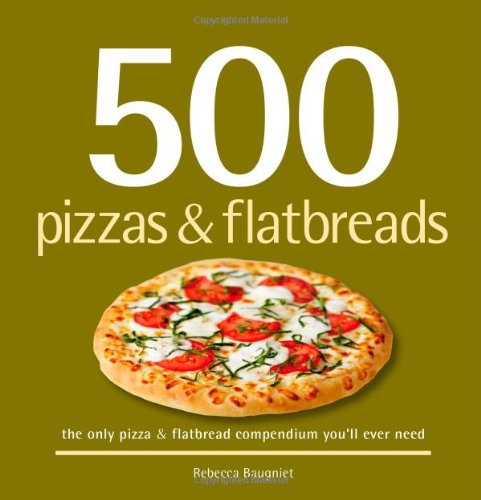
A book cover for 500 Pizzas & Flatbreads: The Only Pizza & Flatbread Compendium You'll Ever Need (500 Cooking (Sellers)); Rebecca Baugniet; Cookbooks, Food & Wine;